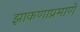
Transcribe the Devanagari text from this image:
झाकणाप्रमाणे